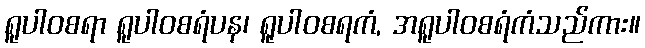
ရူပါဝစရာ ရူပါဝစရံပန၊ ရူပါဝစရကံ, အရူပါဝစရံကံသည်ကား။